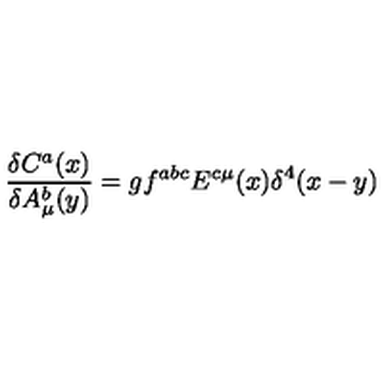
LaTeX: \frac { \delta C ^ { a } ( x ) } { \delta A _ { \mu } ^ { b } ( y ) } = g f ^ { a b c } E ^ { c \mu } ( x ) \delta ^ { 4 } ( x - y )